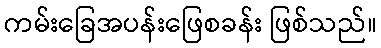
ကမ်းခြေအပန်းဖြေစခန်း ဖြစ်သည်။